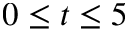
0 \le t \le 5